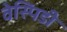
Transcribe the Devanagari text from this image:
वेस्पिडी